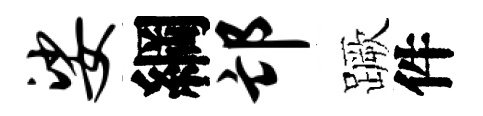
娑綱邙蹶件